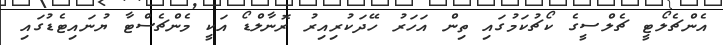
އެންޗެލޯޓީ ޗެލްސީގެ ކޯޗުކަމުގައި ތިން އަހަރު ހޭދަކުރިއިރު ރޮނާލްޑޯ އަކީ މެންޗެސްޓާ ޔުނައިޓެޑުގައި